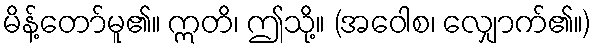
မိန့်တော်မူ၏။ ဣတိ၊ ဤသို့။ (အဝေါစ၊ လျှောက်၏။)